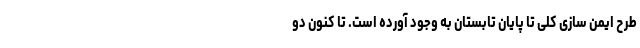
طرح ایمن سازی کلی تا پایان تابستان به وجود آورده است. تا کنون دو